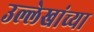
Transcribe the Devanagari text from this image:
उल्लेखांच्या